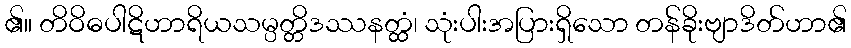
၏။ တိဝိဓပါဋိဟာရိယသမ္ပတ္တိဒဿနတ္ထံ၊ သုံးပါးအပြားရှိသော တန်ခိုးဗျာဒိတ်ဟာ၏